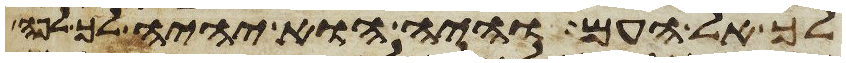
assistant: לך אל העם והיה הוא יהיה לך לפה